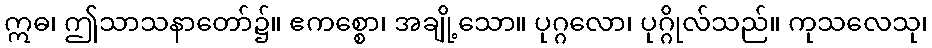
ဣဓ၊ ဤသာသနာတော်၌။ ဧကစ္စော၊ အချို့သော။ ပုဂ္ဂလော၊ ပုဂ္ဂိုလ်သည်။ ကုသလေသု၊